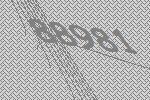
88981